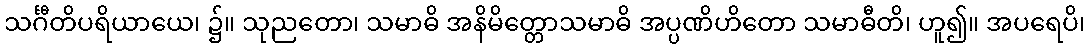
သင်္ဂီတိပရိယာယေ၊ ၌။ သုညတော၊ သမာဓိ အနိမိတ္တောသမာဓိ အပ္ပဏိဟိတော သမာဓီတိ၊ ဟူ၍။ အပရေပိ၊